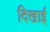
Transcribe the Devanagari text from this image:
दिखार्इ